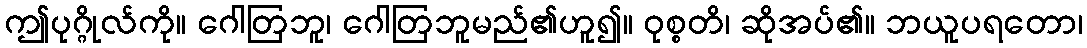
ဤပုဂ္ဂိုလ်ကို။ ဂေါတြဘူ၊ ဂေါတြဘူမည်၏ဟူ၍။ ဝုစ္စတိ၊ ဆိုအပ်၏။ ဘယူပရတော၊